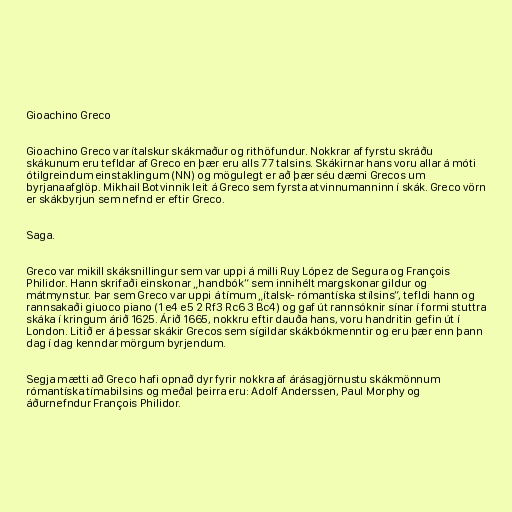
Gioachino Greco

Gioachino Greco var ítalskur skákmaður og rithöfundur. Nokkrar af fyrstu skráðu
skákunum eru tefldar af Greco en þær eru alls 77 talsins. Skákirnar hans voru allar á móti
ótilgreindum einstaklingum (NN) og mögulegt er að þær séu dæmi Grecos um
byrjanaafglöp. Mikhail Botvinnik leit á Greco sem fyrsta atvinnumanninn í skák. Greco vörn
er skákbyrjun sem nefnd er eftir Greco.

Saga.

Greco var mikill skáksnillingur sem var uppi á milli Ruy López de Segura og François
Philidor. Hann skrifaði einskonar „handbók“ sem innihélt margskonar gildur og
mátmynstur. Þar sem Greco var uppi á tímum „ítalsk- rómantíska stílsins“, tefldi hann og
rannsakaði giuoco piano (1 e4 e5 2 Rf3 Rc6 3 Bc4) og gaf út rannsóknir sínar í formi stuttra
skáka í kringum árið 1625. Árið 1665, nokkru eftir dauða hans, voru handritin gefin út í
London. Litið er á þessar skákir Grecos sem sígildar skákbókmenntir og eru þær enn þann
dag í dag kenndar mörgum byrjendum.

Segja mætti að Greco hafi opnað dyr fyrir nokkra af árásagjörnustu skákmönnum
rómantíska tímabilsins og meðal þeirra eru: Adolf Anderssen, Paul Morphy og
áðurnefndur François Philidor.